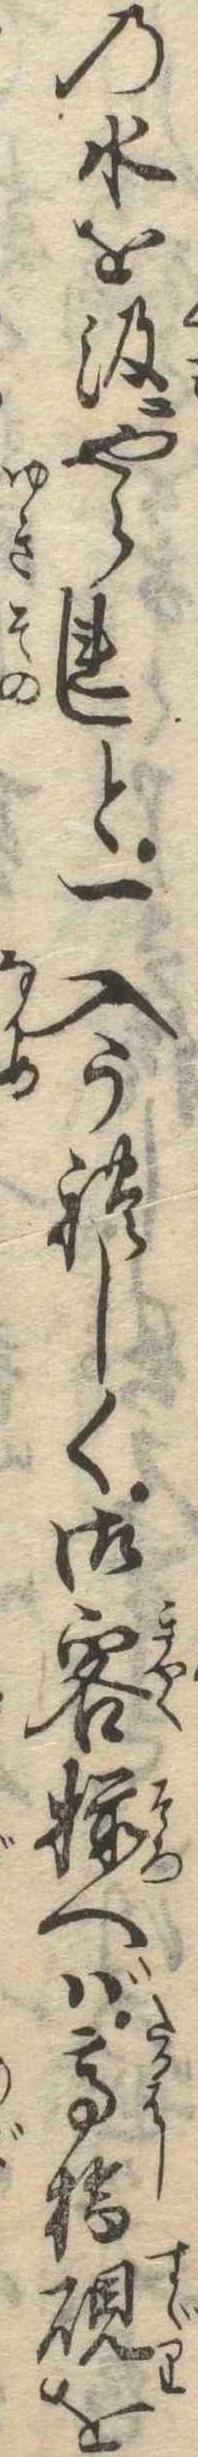
の水を汲にやられしと一入うれしく御客揃へば高橋硯を